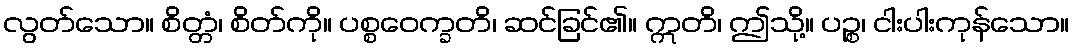
လွတ်သော။ စိတ္တံ၊ စိတ်ကို။ ပစ္စဝေက္ခတိ၊ ဆင်ခြင်၏။ ဣတိ၊ ဤသို့။ ပဉ္စ၊ ငါးပါးကုန်သော။